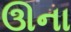
ઊના